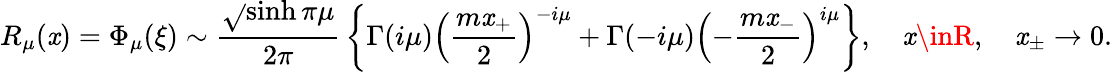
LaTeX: R_{\mu}(\mathit{x})=\Phi_{\mu}(\xi)\sim\frac{{\sqrt{}{{\sinh\pi\mu}}}}{{2\pi}}\, \left\{ \Gamma(i\mu)\left(\frac{{m\mathit{x}_{+}}}{2}\right)^{-i\mu}+\Gamma(-i\mu)\left(-\frac{{m\mathit{x}_{-}}}{2}\right)^{i\mu}\right\} ,\quad\mathit{x}\inR,\quad\mathit{x}_{\pm}\to0.